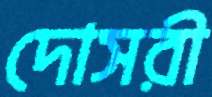
দোসরী